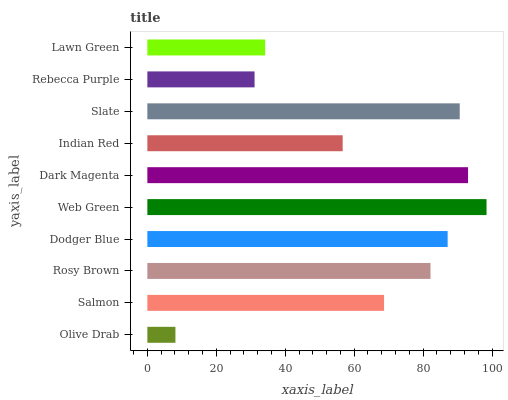
| yaxis_label | bars |
 | --- | --- |
 | Olive Drab | 8.15 |
 | Salmon | 68.7 |
 | Rosy Brown | 82.1 |
 | Dodger Blue | 87.1 |
 | Web Green | 98.4 |
 | Dark Magenta | 93 |
 | Indian Red | 56.7 |
 | Slate | 90.6 |
 | Rebecca Purple | 31.1 |
 | Lawn Green | 34.2 |